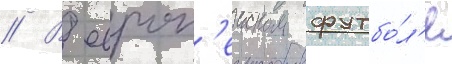
// В европ'еиском футбо́л'е